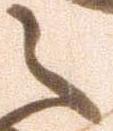
之